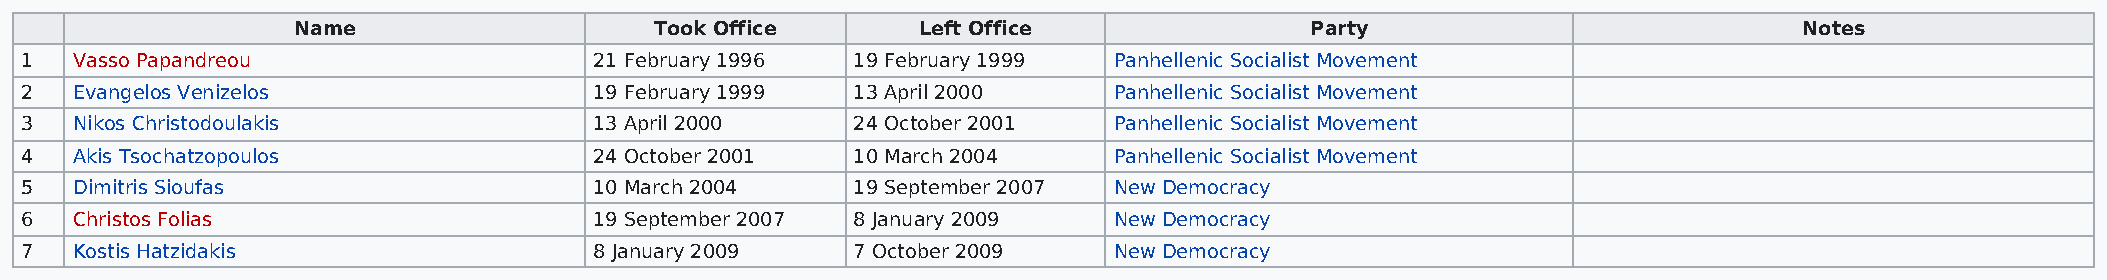
Name                    Took Office       Left Office               Party                           Notes
 1   Vasso Papandreou                  21 February 1996 19 February 1999  Panhellenic Socialist Movement
 2   Evangelos Venizelos               19 February 1999 13 April 2000     Panhellenic Socialist Movement
 3   Nikos Christodoulakis             13 April 2000    24 October 2001   Panhellenic Socialist Movement
 4   Akis Tsochatzopoulos              24 October 2001  10 March 2004     Panhellenic Socialist Movement
 5   Dimitris Sioufas                  10 March 2004    19 September 2007 New Democracy
 6   Christos Folias                   19 September 2007 8 January 2009   New Democracy
 7   Kostis Hatzidakis                 8 January 2009   7 October 2009    New Democracy